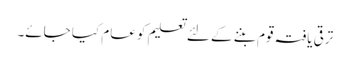
ترقی یافتہ قوم بننے کے لئے تعلیم کو عام کیا جائے۔